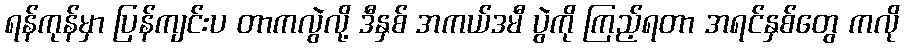
ရန်ကုန်မှာ ပြန်ကျင်းပ တာကလွဲလို့ ဒီနှစ် အကယ်ဒမီ ပွဲကို ကြည့်ရတာ အရင်နှစ်တွေ ကလို